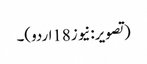
(تصویر:نیوز18اردو)۔